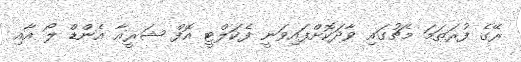
ރޭގެ ފުރަތަމަ މެޗުގައި ވާދަކޮށްފައިވަނީ ފެކަލްޓީ އޮފް ޝަރީއާ އެންޑް ލޯ އާއި